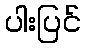
ပါးပြင်